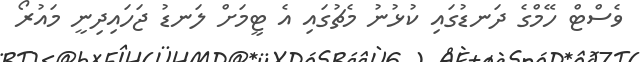
ވެސްޓް ހޭމްގެ ދަނޑުގައި ކުޅުނު މެޗުގައި އެ ޓީމަށް ލަނޑު ޖަހައިދިނީ މައުރޯ